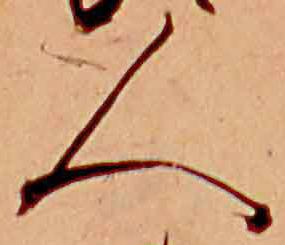
人